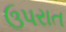
ઉપરાત